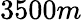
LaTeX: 3500m